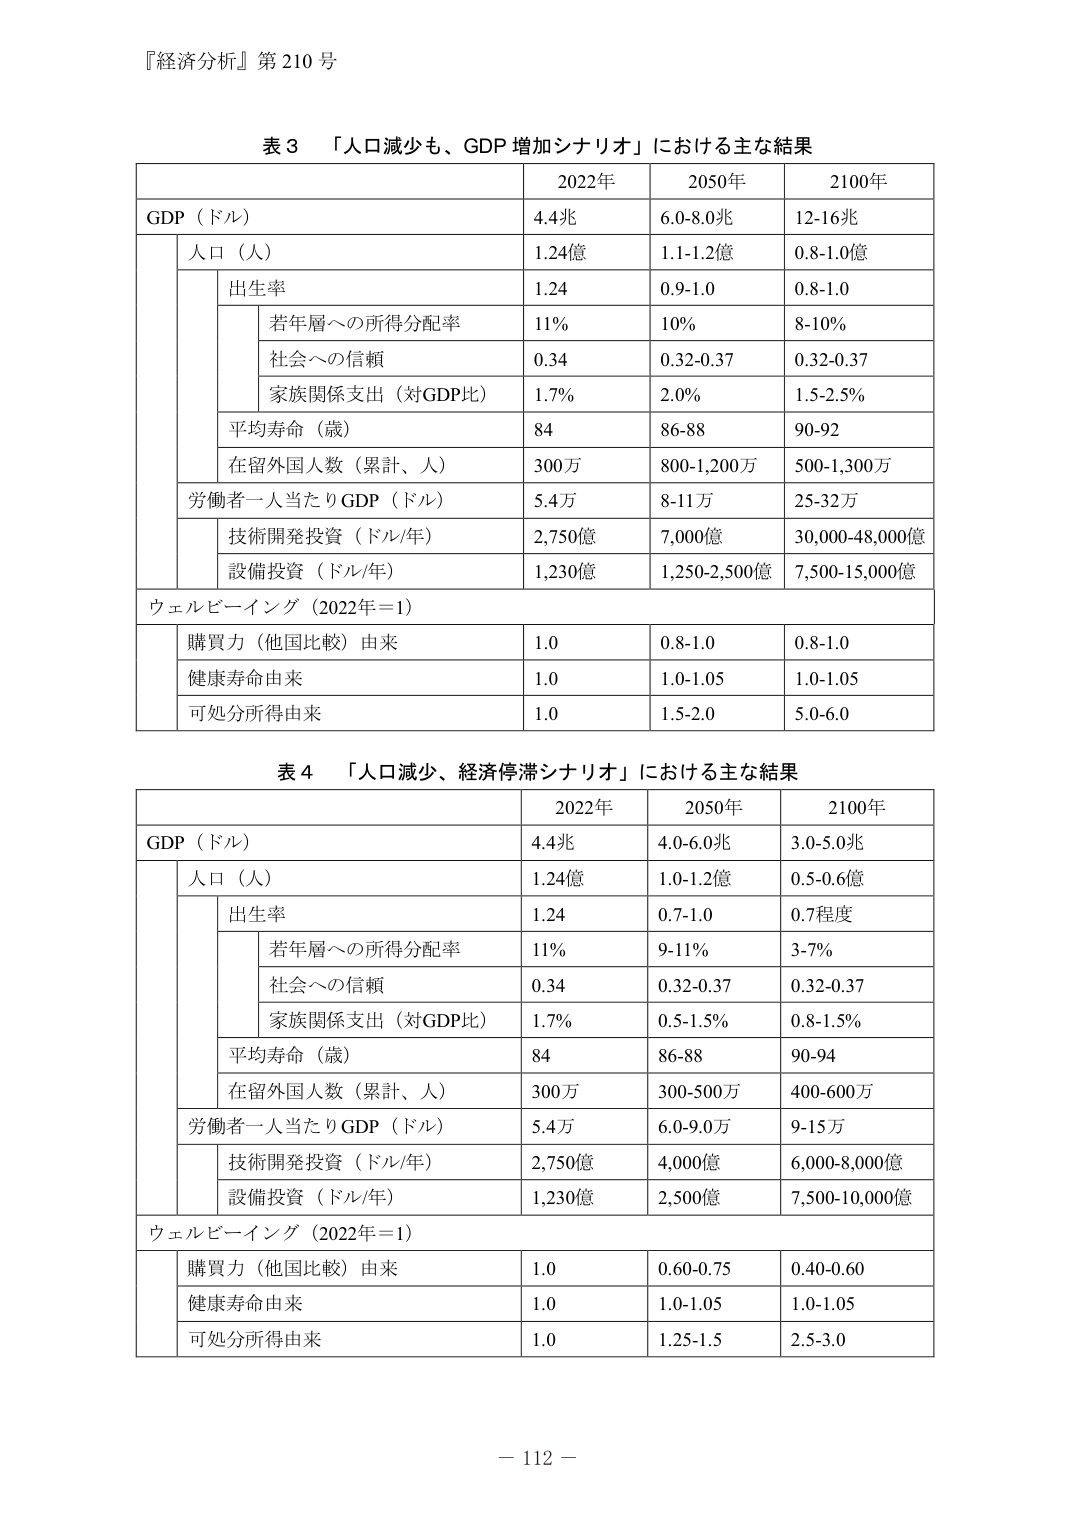
『経済分析』第210号

表3 「人口減少も、GDP増加シナリオ」における主な結果
2022年 2050年 2100年
GDP（ドル） 4.4兆 6.0-8.0兆 12-16兆
人口（人） 1.24億 1.1-1.2億 0.8-1.0億
出生率 1.24 0.9-1.0 0.8-1.0
若年層への所得分配率 11% 10% 8-10%
社会への信頼 0.34 0.32-0.37 0.32-0.37
家族関係支出（対GDP比） 1.7% 2.0% 1.5-2.5%
平均寿命（歳） 84 86-88 90-92
在留外国人数（累計、人） 300万 800-1,200万 500-1,300万
労働者一人当たりGDP（ドル） 5.4万 8-11万 25-32万
技術開発投資（ドル/年） 2,750億 7,000億 30,000-48,000億
設備投資（ドル/年） 1,230億 1,250-2,500億 7,500-15,000億
ウェルビーイング（2022年＝1）
購買力（他国比較）由来 1.0 0.8-1.0 0.8-1.0
健康寿命由来 1.0 1.0-1.05 1.0-1.05
可処分所得由来 1.0 1.5-2.0 5.0-6.0

表4 「人口減少、経済停滞シナリオ」における主な結果
2022年 2050年 2100年
GDP（ドル） 4.4兆 4.0-6.0兆 3.0-5.0兆
人口（人） 1.24億 1.0-1.2億 0.5-0.6億
出生率 1.24 0.7-1.0 0.7程度
若年層への所得分配率 11% 9-11% 3-7%
社会への信頼 0.34 0.32-0.37 0.32-0.37
家族関係支出（対GDP比） 1.7% 0.5-1.5% 0.8-1.5%
平均寿命（歳） 84 86-88 90-94
在留外国人数（累計、人） 300万 300-500万 400-600万
労働者一人当たりGDP（ドル） 5.4万 6.0-9.0万 9-15万
技術開発投資（ドル/年） 2,750億 4,000億 6,000-8,000億
設備投資（ドル/年） 1,230億 2,500億 7,500-10,000億
ウェルビーイング（2022年＝1）
購買力（他国比較）由来 1.0 0.60-0.75 0.40-0.60
健康寿命由来 1.0 1.0-1.05 1.0-1.05
可処分所得由来 1.0 1.25-1.5 2.5-3.0

－112－